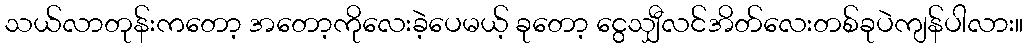
သယ်လာတုန်းကတော့ အတော့ကိုလေးခဲ့ပေမယ့် ခုတော့ ငွေသျှီလင်အိတ်လေးတစ်ခုပဲကျန်ပါလား။